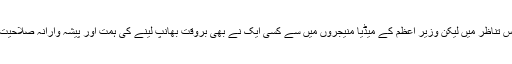
Manifestoوالے فقرے کی اہمیت کو اس تناظر میں لیکن وزیر اعظم کے میڈیا منیجروں میں سے کسی ایک نے بھی بروقت بھانپ لینے کی ہمت اور پیشہ وارانہ صلاحیت نہیں دکھائی۔